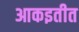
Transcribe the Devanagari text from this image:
आकइतीत